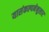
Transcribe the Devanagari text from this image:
यासंकल्पनेनुसार